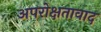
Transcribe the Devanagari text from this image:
अपरोक्षतावाद